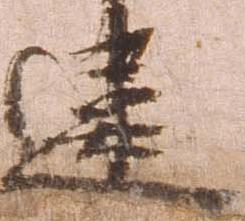
違